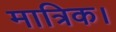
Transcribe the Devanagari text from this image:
मात्रिक।